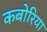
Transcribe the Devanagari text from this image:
कबोरिया